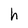
Character: h